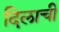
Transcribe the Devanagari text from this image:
दिलाची